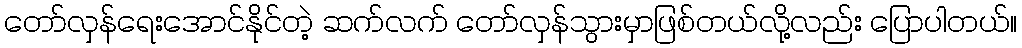
တော်လှန်ရေးအောင်နိုင်တဲ့ ဆက်လက် တော်လှန်သွားမှာဖြစ်တယ်လို့လည်း ပြောပါတယ်။